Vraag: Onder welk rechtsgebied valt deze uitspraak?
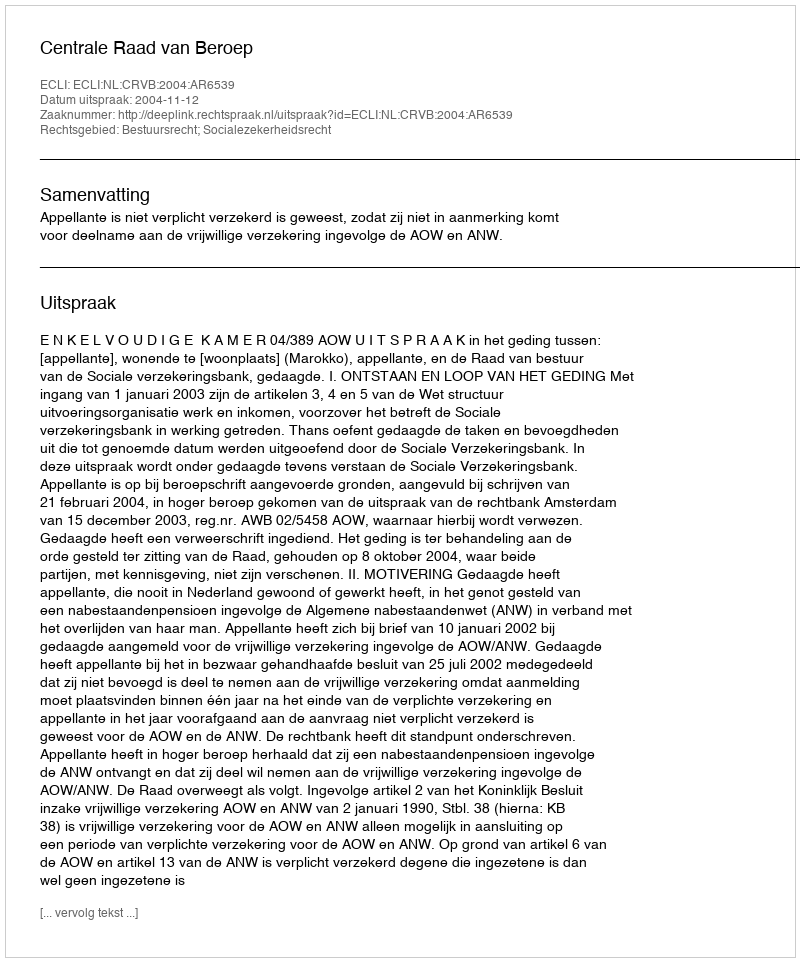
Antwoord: Bestuursrecht; Socialezekerheidsrecht